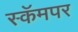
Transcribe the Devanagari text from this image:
स्कॅमपर